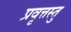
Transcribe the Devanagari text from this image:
प्रवृत्तस्तु